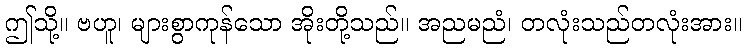
ဤသို့။ ဗဟူ၊ များစွာကုန်သော အိုးတို့သည်။ အညမညံ၊ တလုံးသည်တလုံးအား။